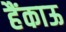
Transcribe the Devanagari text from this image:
हैंकाऊ